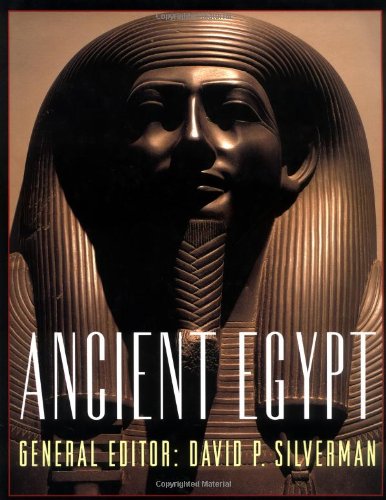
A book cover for Ancient Egypt; History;